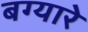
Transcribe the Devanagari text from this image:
बग्यारे